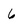
Character: 6